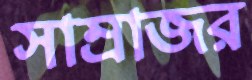
সাম্রাজর